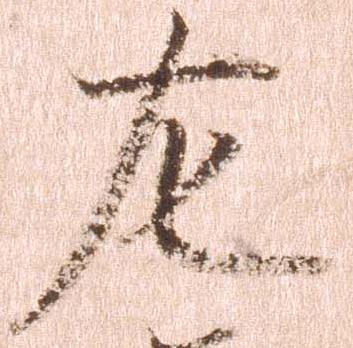
左